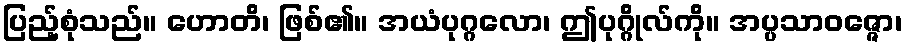
ပြည့်စုံသည်။ ဟောတိ၊ ဖြစ်၏။ အယံပုဂ္ဂလော၊ ဤပုဂ္ဂိုလ်ကို။ အပ္ပသာဝဇ္ဇော၊